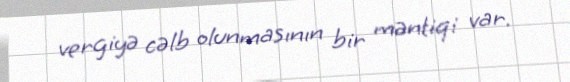
vergiyə cəlb olunmasının bir məntiqi var.